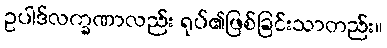
ဥပါဒ်လက္ခဏာလည်း ရုပ်၏ဖြစ်ခြင်းသာတည်း။